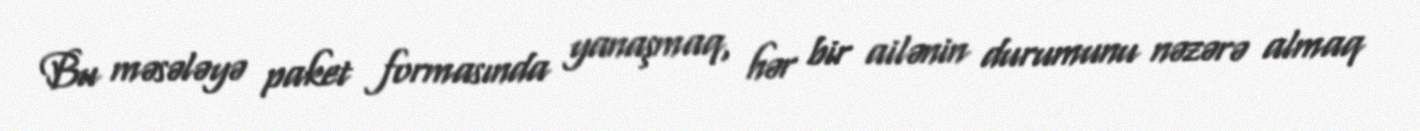
Bu məsələyə paket formasında yanaşmaq, hər bir ailənin durumunu nəzərə almaq